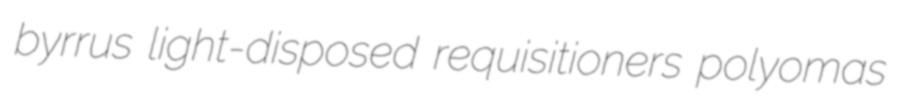
byrrus light-disposed requisitioners polyomas